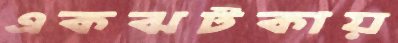
একঝটকায়